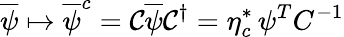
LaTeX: {\overline{{\psi}}}\mapsto{\overline{{\psi}}}^{c}={\mathcal{C}}{\overline{{\psi}}}{\mathcal{C}}^{\dagger}=\eta_{c}^{*}\, \psi^{T}C^{-1}